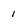
Character: 1